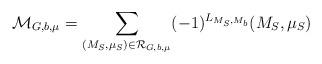
LaTeX: \begin{align*}\mathcal{M}_{G, b, \mu}=\sum\limits_{(M_S, \mu_S) \in \mathcal{R}_{G, b, \mu}}(-1)^{L_{M_S, M_b}} (M_S, \mu_S)\end{align*}